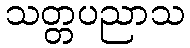
သတ္တပညာသ